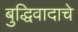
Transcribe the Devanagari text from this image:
बुद्धिवादाचे